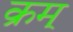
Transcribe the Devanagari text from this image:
क्रम्